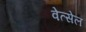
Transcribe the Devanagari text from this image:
वेत्सेल